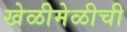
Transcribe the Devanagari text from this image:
खेळीमेळीची